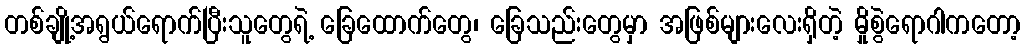
တစ်ချို့အရွယ်ရောက်ပြီးသူတွေရဲ့ ခြေထောက်တွေ၊ ခြေသည်းတွေမှာ အဖြစ်များလေးရှိတဲ့ မှိုစွဲရောဂါကတော့